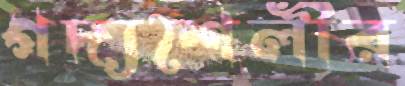
গদ্যশৈলীর